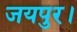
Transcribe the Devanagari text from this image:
जयपुर।